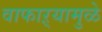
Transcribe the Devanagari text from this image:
वाफाऱ्यामुळे